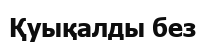
Қуықалды без